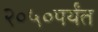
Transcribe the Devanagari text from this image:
२०५०पर्यंत